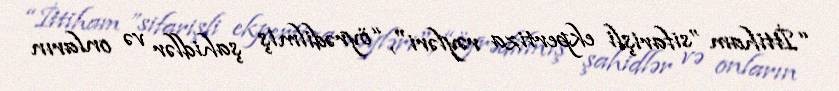
“İttiham ”sifarişli ekpertiza rəyləri", “öyrədilmiş şahidlər və onların